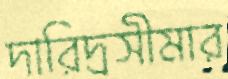
দারিদ্রসীমার